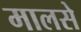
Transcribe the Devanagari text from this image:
मालसे